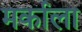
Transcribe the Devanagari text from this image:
मर्काला